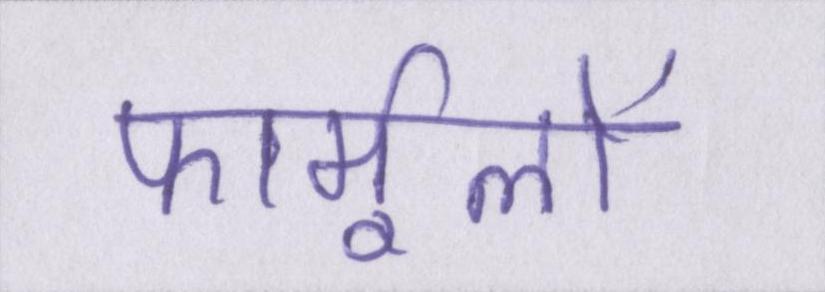
फार्मूलों